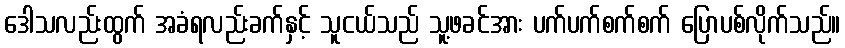
ဒေါသလည်းထွက် အခံရလည်းခက်နှင့် သူငယ်သည် သူ့ဖခင်အား ပက်ပက်စက်စက် ပြောပစ်လိုက်သည်။